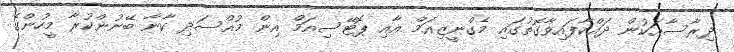
ދިރާސާއަކުން ދައްކާފައިވާގޮތުގައި މެގްނީޒިއަމް އާއި ޕޮޓޭސިއަމް އިން މުއްސަދި ކާނާ ބޭނުންކުރާ މީހުންގެ